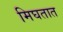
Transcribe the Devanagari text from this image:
मिघतात